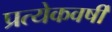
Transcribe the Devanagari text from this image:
प्रत्येकवर्षी